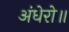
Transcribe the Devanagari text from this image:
अंधेरो॥